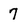
Character: 7